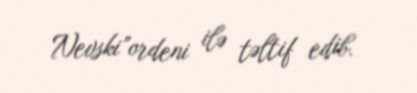
Nevski”ordeni ilə təltif edib.